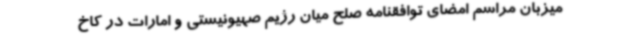
میزبان مراسم امضای توافقنامه صلح میان رژیم صهیونیستی و امارات در کاخ